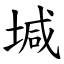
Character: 堿